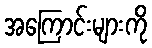
အကြောင်းများကို